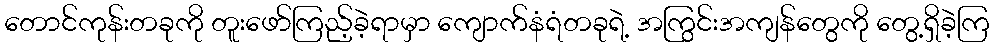
တောင်ကုန်းတခုကို တူးဖော်ကြည့်ခဲ့ရာမှာ ကျောက်နံရံတခုရဲ့ အကြွင်းအကျန်တွေကို တွေ့ရှိခဲ့ကြ